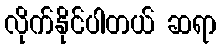
လိုက်နိုင်ပါတယ် ဆရာ